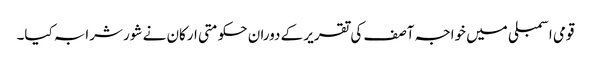
قومی اسمبلی میں خواجہ آصف کی تقریر کے دوران حکومتی ارکان نے شور شرابہ کیا۔